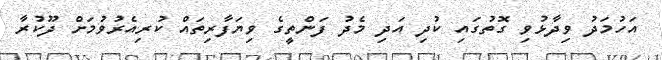
އަހުމަދު ވިދާޅުވި ގޮތުގައި ކުދި އަދި މެދު ފަންތީގެ ވިޔަފާރިތައް ކުރިއެރުވުމަށް ދޫކުރާ